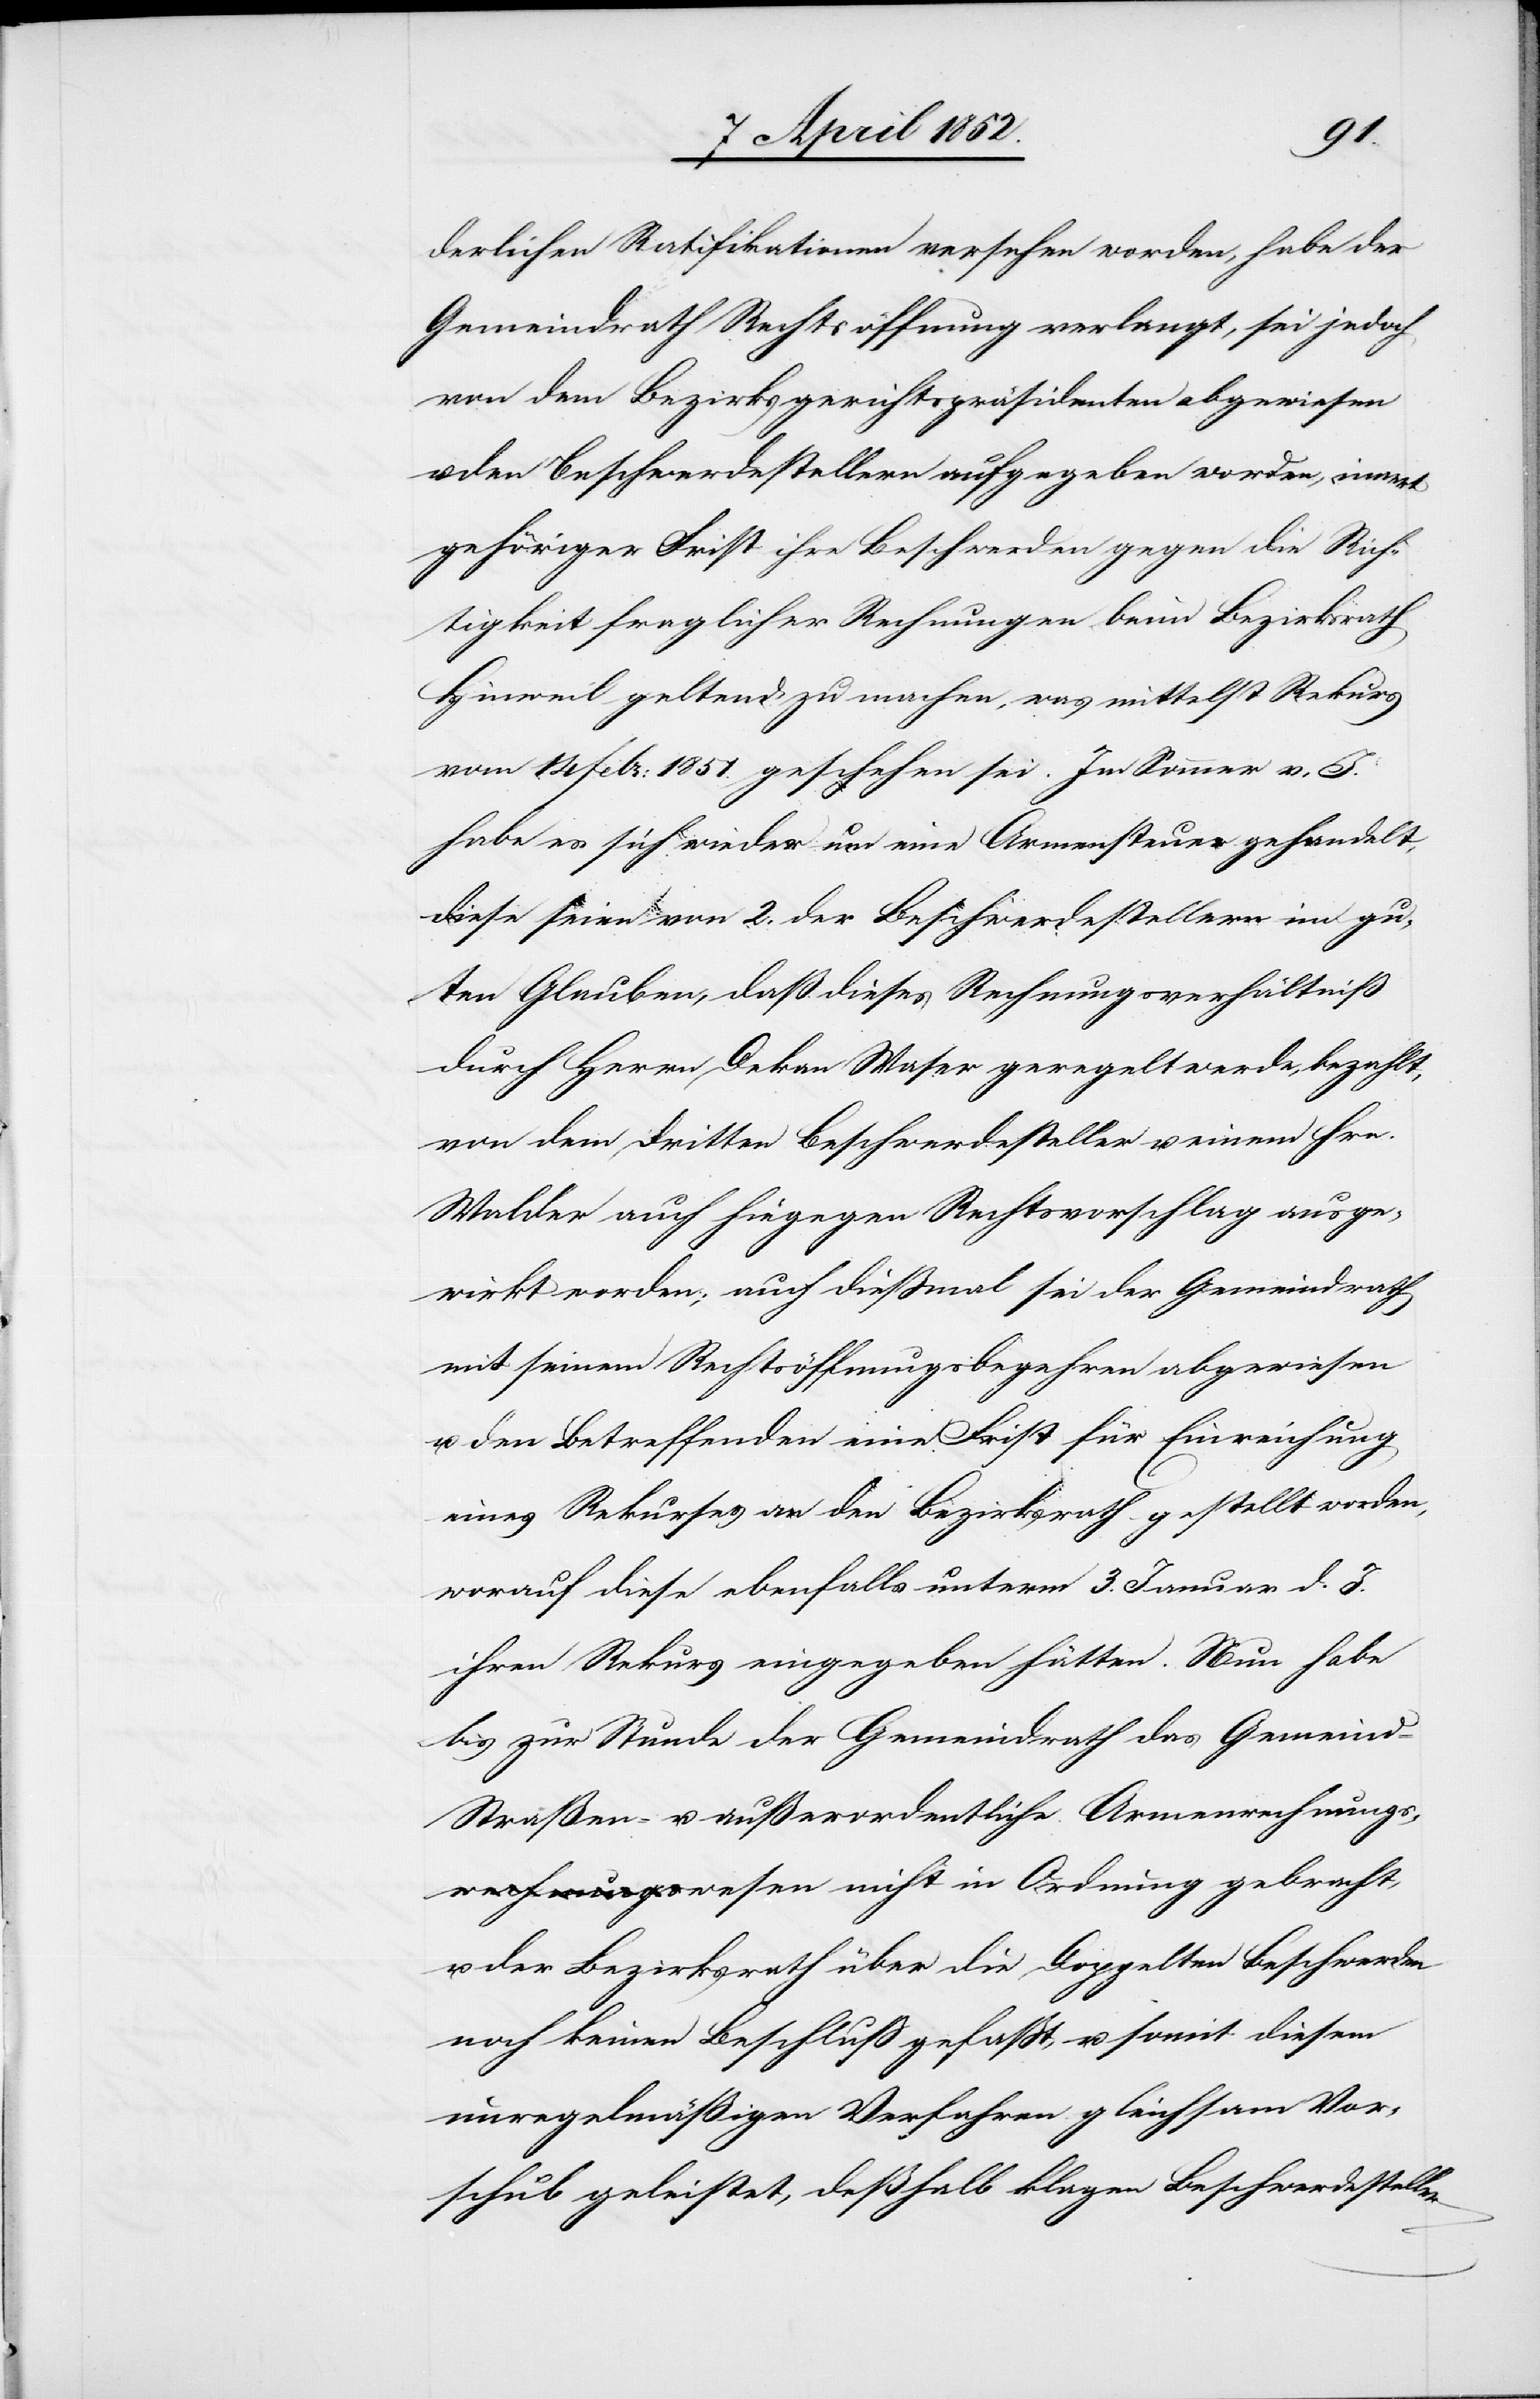
derlichen Ratifikationen versehen worden, habe der
Gemeindrath Rechtsöffnung verlangt, sei jedoch
von dem Bezirksgerichtspräsidenten abgewiesen
den Beschwerdestellern aufgegeben worden, innert
gehöriger Frist ihre Beschwerden gegen die Rich¬
tigkeit fraglicher Rechnungen beim Bezirksrath
Hinweil geltend zu machen, was mittelst Rekurs
vom 14 Febr: 1851. geschehen sei. Im Sommer v. J.
habe es sich wieder um eine Armensteuer gehandelt,
diese seien von 2. der Beschwerdestellern im gu¬
ten Glauben, daß dieses Rechnungsverhältniß
durch Herrn Dekan Waser geregelt werde, bezahlt,
von dem dritten Beschwerdesteller u. einem Hrn.
Walder auch hiegegen Rechtsvorschlag ausge¬
wirkt worden; auch diessmal sei der Gemeindrath
mit seinem Rechtsöffnungsbegehren abgewiesen
u. den Betreffenden eine Frist für Einreichung
eines Rekurses an den Bezirksrath gestellt worden,
worauf diese ebenfalls unterm 3. Januar d. J.
ihren Rekurs eingegeben hätten. Nun habe
bis zur Stunde der Gemeindrath das Gemeind-[,]
Straßen- u. außerordentliche Armenrechnungs¬
wesen nicht in Ordnung gebracht,
u. der Bezirksrath über die Doppelten Beschwerden
noch keinen Beschluss gefasst, u. somit diesem
unregelmässigen Verfahren gleichsam Vor¬
schub geleistet, deßhalb klagen Beschwerdesteller